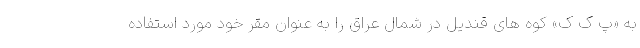
به «پ ک ک» کوه های قندیل در شمال عراق را به عنوان مقر خود مورد استفاده